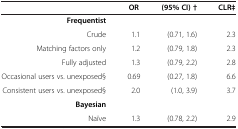
<table><thead><tr><td><b> </b></td><td><b>OR</b></td><td><b>(95% CI) †</b></td><td><b>CLR‡</b></td></tr></thead><tbody><tr><td><b>Frequentist</b></td><td> </td><td> </td><td> </td></tr><tr><td>Crude</td><td>1.1</td><td>(0.71, 1.6)</td><td>2.3</td></tr><tr><td>Matching factors only</td><td>1.2</td><td>(0.79, 1.8)</td><td>2.3</td></tr><tr><td>Fully adjusted</td><td>1.3</td><td>(0.79, 2.2)</td><td>2.8</td></tr><tr><td>Occasional users vs. unexposed§</td><td>0.69</td><td>(0.27, 1.8)</td><td>6.6</td></tr><tr><td>Consistent users vs. unexposed§</td><td>2.0</td><td>(1.0, 3.9)</td><td>3.7</td></tr><tr><td><b>Bayesian</b></td><td> </td><td> </td><td> </td></tr><tr><td>Naïve</td><td>1.3</td><td>(0.78, 2.2)</td><td>2.9</td></tr></tbody></table>